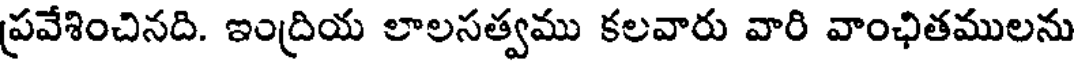
ప్రవేశించినది. ఇంద్రియ లాలసత్వము కలవారు వారి వాంఛితములను